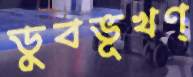
ডুবভূখণ্